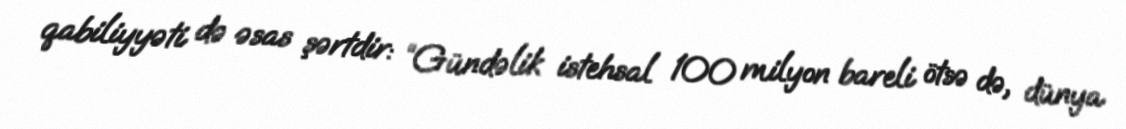
qabiliyyəti də əsas şərtdir: “Gündəlik istehsal 100 milyon bareli ötsə də, dünya